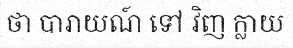
ថា បារាយណ៍ ទៅ វិញ ក្លាយ